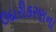
ઉદારીકરણના